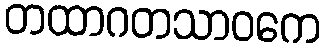
တထာဂတသာဝကေ